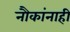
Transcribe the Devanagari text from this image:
नौकांनाही